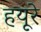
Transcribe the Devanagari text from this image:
हयूरे